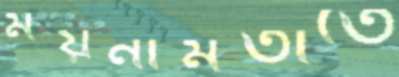
ময়নামতীতে